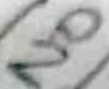
Text: NO